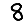
Digit: 8